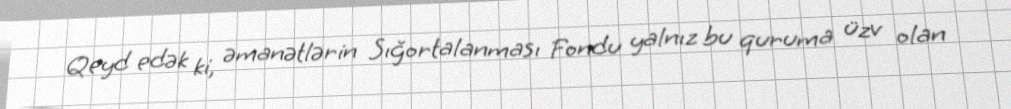
Qeyd edək ki, əmanətlərin Sığortalanması Fondu yalnız bu quruma üzv olan